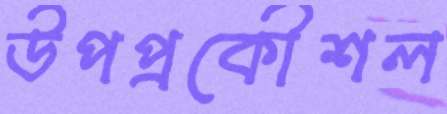
উপপ্রকৌশল